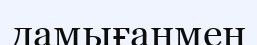
дамығанмен